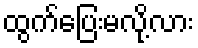
ထွက်ပြေးမလို့လား